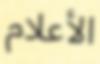
الأعلام